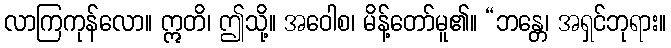
လာကြကုန်လော။ ဣတိ၊ ဤသို့။ အဝေါစ၊ မိန့်တော်မူ၏။ “ဘန္တေ၊ အရှင်ဘုရား။